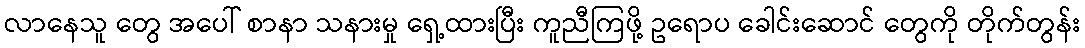
လာနေသူ တွေ အပေါ် စာနာ သနားမှု ရှေ့ထားပြီး ကူညီကြဖို့ ဥရောပ ခေါင်းဆောင် တွေကို တိုက်တွန်း